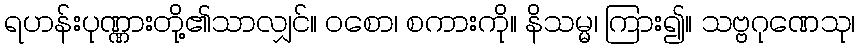
ရဟန်းပုဏ္ဏားတို့၏သာလျှင်။ ဝစော၊ စကားကို။ နိသမ္မ၊ ကြား၍။ သဗ္ဗဂုဏေသု၊